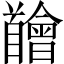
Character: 𩠴